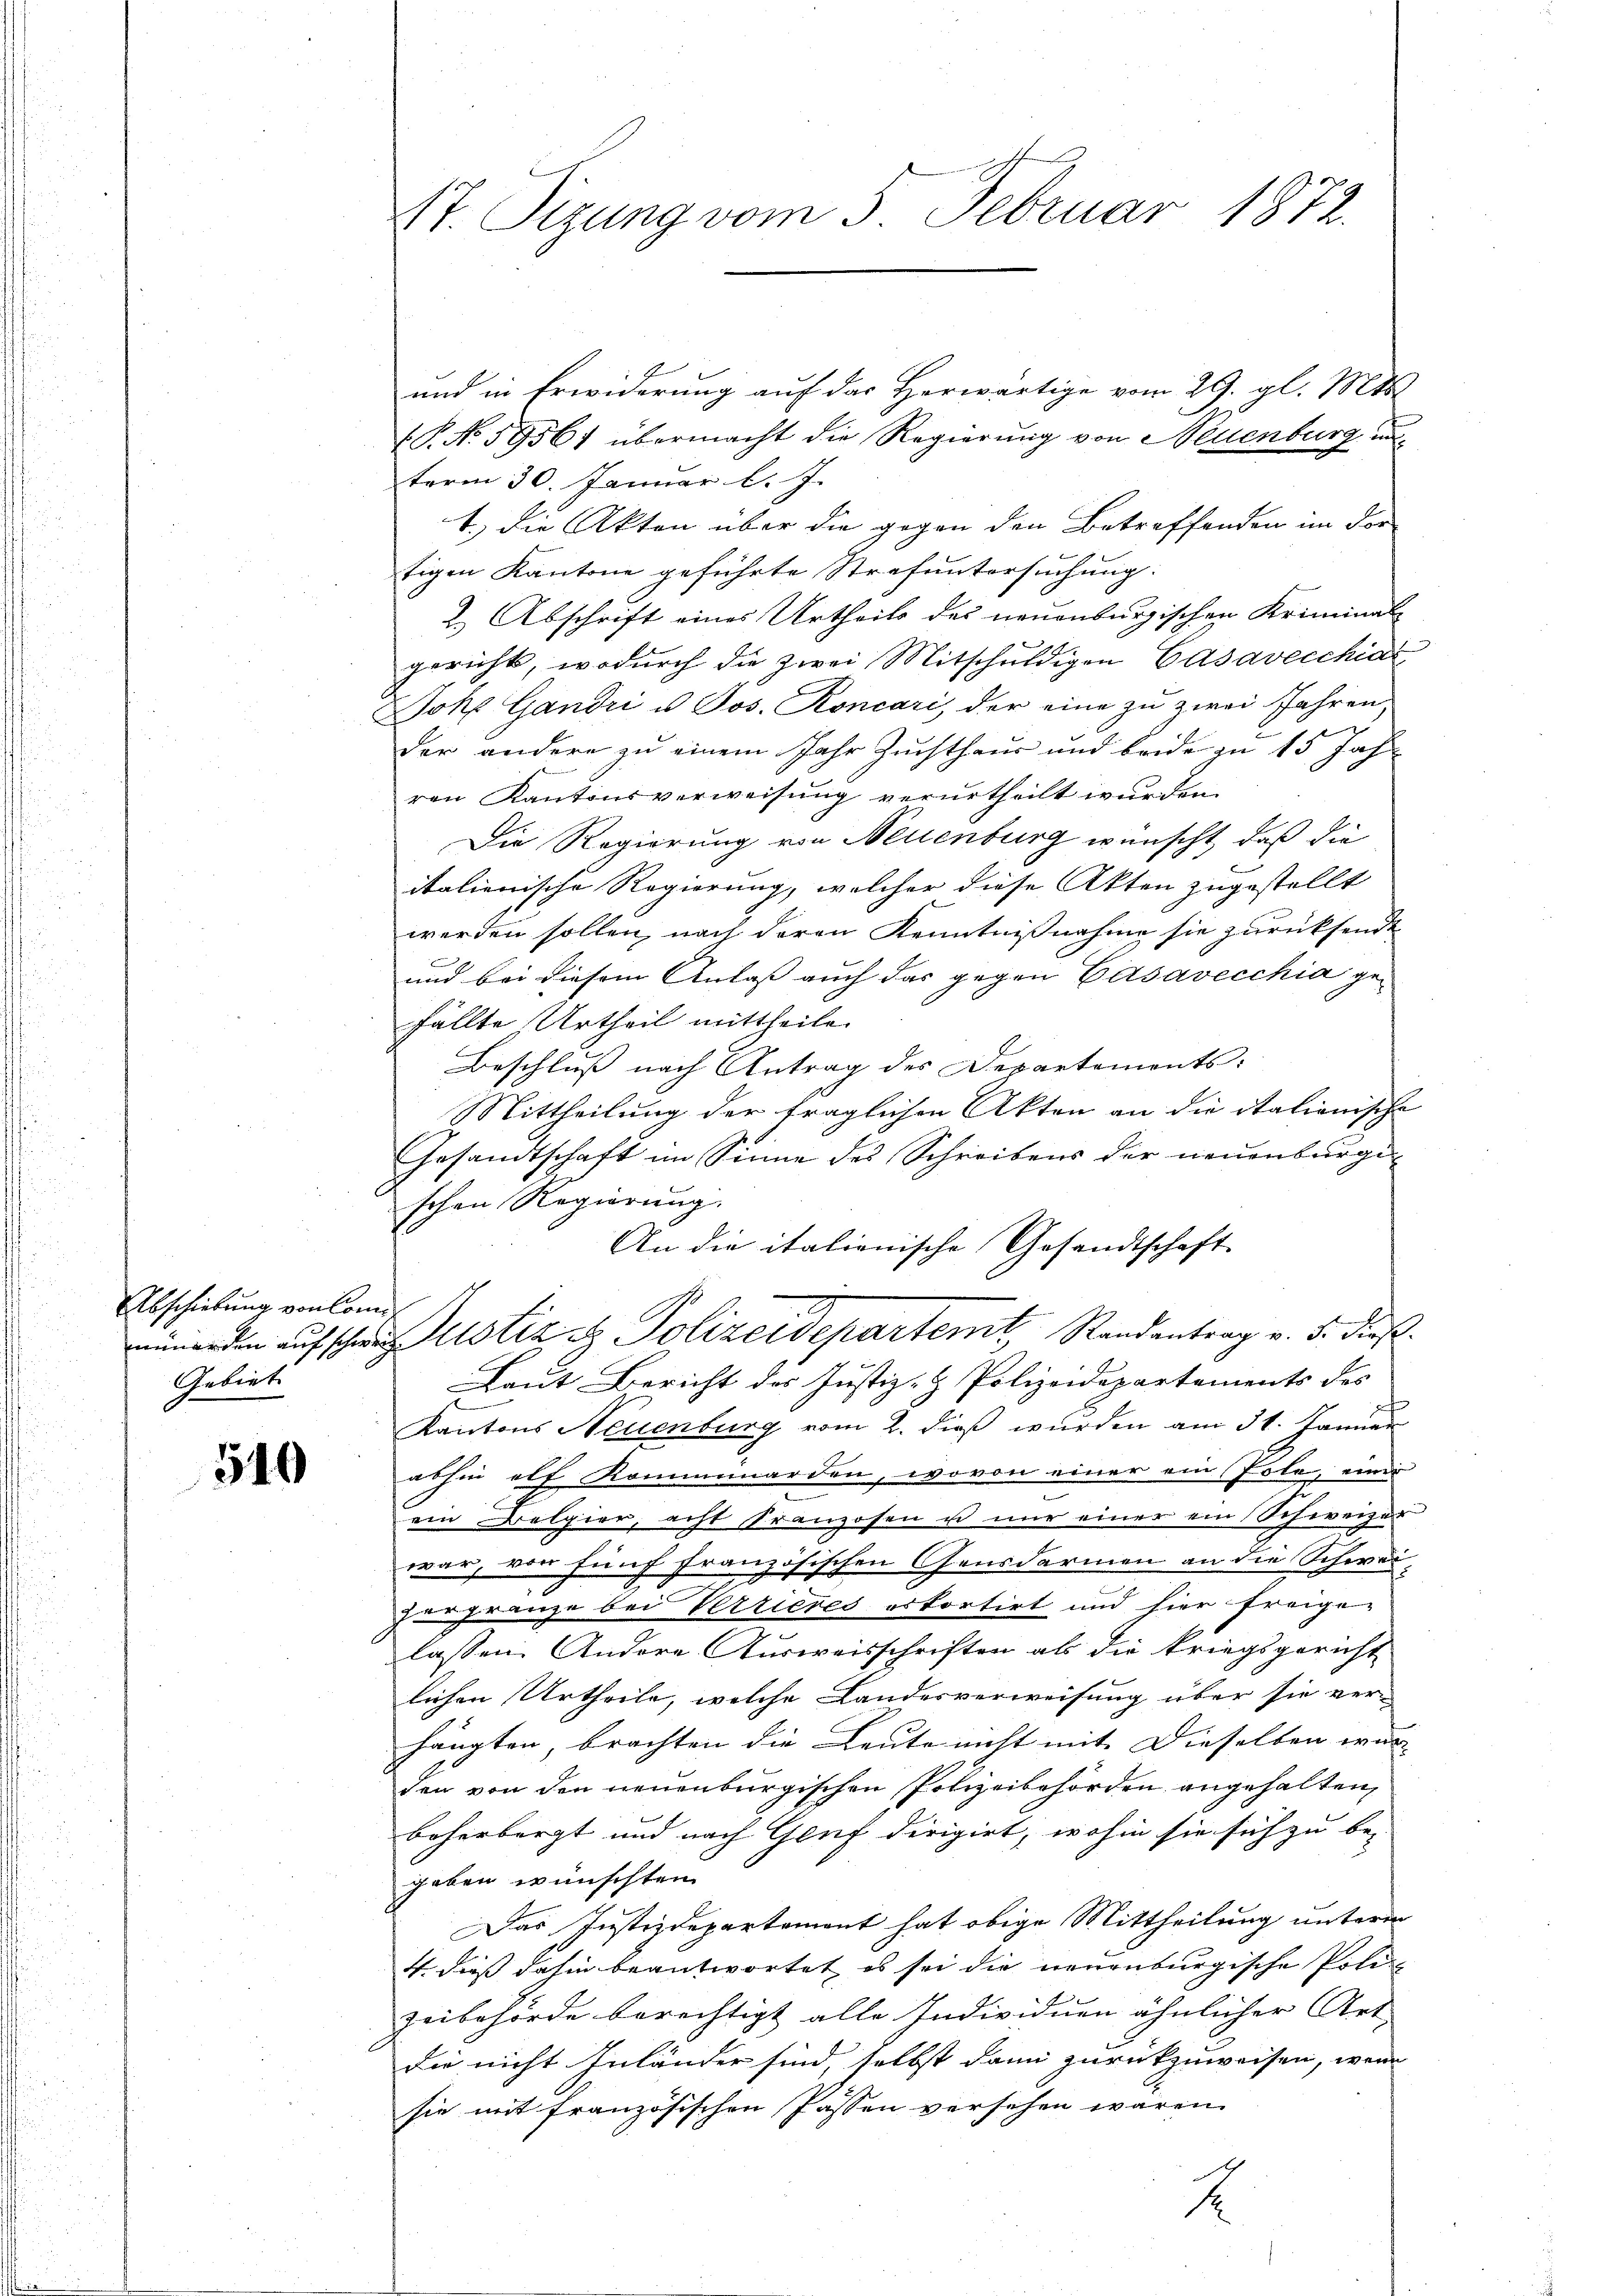
Abschiebung von Commi
Gebiet

540

St. Sizung vom 5. Februar 1872.

und in Erwiderung auf das Herwärtige vom 29. gl. Mt
 P. No. 1956; übermacht die Regierung von Neuenburg unterm 30. Januar l. J.
1.) Die Akten über die gegen den Betreffenden im dor
tigen Kantone geführte Strafuntersuchung:
2.) Abschrift eines Urtheils des neuenburgischen Kriminal-
gericht, wodurch die zwei Mitschuldigen Casavecchias,
Joke Gandri u. Jos. Koncari, der eine zu zwei Jahren,
der andere zu einem Jahr Zuchthaus und beide zu 15 Jahr
ren Kantonsverweisŭng verurtheilt wurden.
Die Regierung von Neuenburg wünscht, daß die
italienische Regierung, welcher diese Akten zugestellt
werden sollen, nach deren Kenntnißnahme sie zurücksendt
x
und bei diesem Anlass auch das gegen Casavecchia ge-
fällte Urtheil mittheile.
Beschluß nach Antrag des Departements:
Mittheilung der fraglichen Akten an die italionische
Gesandtschaft im Sinne des Schreibens der neuenburgi-
schen Regierung.
An die italienische Gesandtschaft
inenden auf schwer Justiz & Polizeidepartemt, Randantrag v. 5. diese
Laut Bericht der Justiz- & Polizeidepartements des
Kantons Neuenburg vom 2. dieß wurden am 31. Januar
abhin elf Komminarden, wovon einer ein Pole, einer
ein Belgier, acht Franzosen u nur einer ein Schweizer
war, von fünf französischen Gensdarmen an die Schwei¬
Porgrenze bei Verrieres erkortirt und hier freige-
lassen. Andere Ausweisschriften als die kriegsgericht
lichen Urtheile, welche Landesverweisung über sie ver-
hängten, brachten die Leute nicht mit Dieselben war |
den von den neuenburgischen Polizeibehörden angehalten,
beherborgt und nach Genf dirigirt, wohin sie sich zu be-
geben wünschten.
Das Justizdepartement hat obige Mittheilung unterm
4. dieß dahin beantwortet, es sei die neuenburgische Poli
zeibehörde berechtigt alle Individuen ähnlicher Art
die nicht Inländer sind, selbst dann zurückzuweisen, wenn
sie mit französischen Passen versehen wären.
1